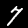
Digit: 7